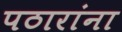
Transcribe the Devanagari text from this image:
पठारांना